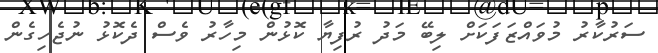
ސަރުކާރު މުވައްޒަފަކަށް ލިބޭ މަދު ރުފިޔާ ކޮޅުން މިހާރު ވެސް ދެކޮޅު ނުޖެހިގެން